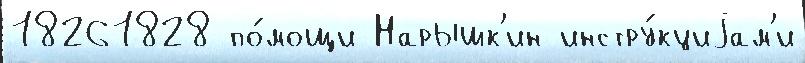
18261828 по́мощи Нарышк'ин инстру́кциjам'и